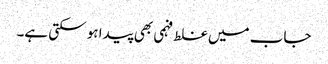
جاب میں غلط فہمی بھی پیدا ہو سکتی ہے۔